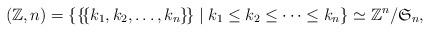
LaTeX: \begin{align*}(\mathbb{Z},n) = \{ \{\!\{k_1,k_2,\ldots,k_n\}\!\} \mid k_1 \leq k_2 \leq \cdots \leq k_n \}\simeq \mathbb{Z}^n / \mathfrak{S}_n,\end{align*}